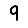
Digit: 9